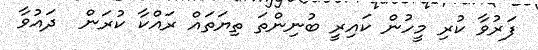
ފަރުވާ ކުރި މީހުން ކައިރީ ބުނިންތަ ތިޔަތައް ރައްކާ ކުރަން  ދައުވާ